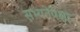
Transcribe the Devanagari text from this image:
सभ्यतेपेक्षा